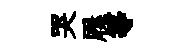
哭屧等